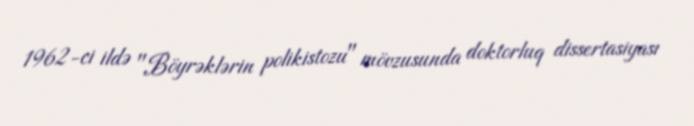
1962-ci ildə "Böyrəklərin polikistozu" mövzusunda doktorluq dissertasiyası